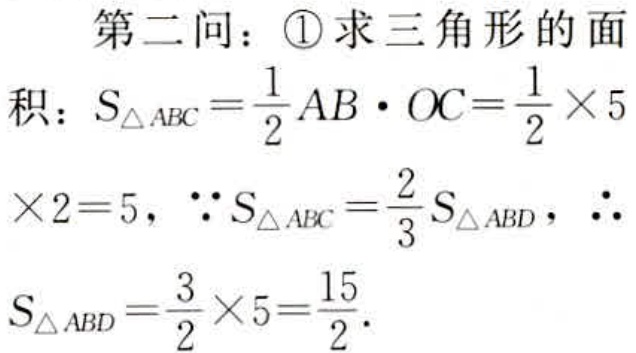
第二问：\textcircled{1}求三角形的面
积：\(S_{\triangle ABC}=\frac{1}{2}AB\cdot OC=\frac{1}{2}\times 5
\times 2 = 5\)，\(\because S_{\triangle ABC}=\frac{2}{3}S_{\triangle ABD}\)，\(\therefore\)
\(S_{\triangle ABD}=\frac{3}{2}\times 5=\frac{15}{2}\).